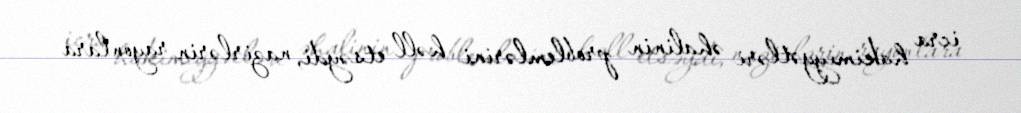
icra hakimiyyətləri əhalinin problemlərini həll etsəydi, nazirlərin rayonlara